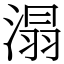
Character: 溻